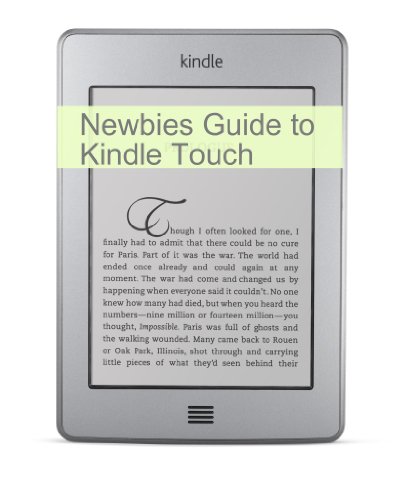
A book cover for The Newbies Guide to Kindle Touch: The Unofficial Handbook of Hack's, Tricks and Tips; Minute Help Guides; Computers & Technology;